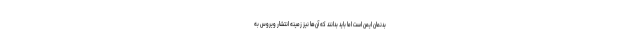
بدنمان ایمن است اما باید بدانند که آن‌ها نیز زمینه انتشار ویروس به